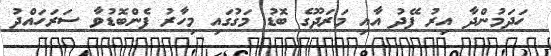
ހަދަމުންދާ އިރު ފޭދު އާއި މަރަދޫގެ ބޮޑު މަގުގައި މިހާރު ފެންބޮޑުވާ ސަރަހައްދު